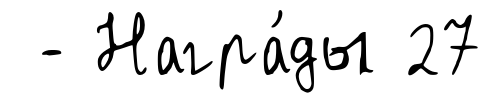
- Награ́ды 27